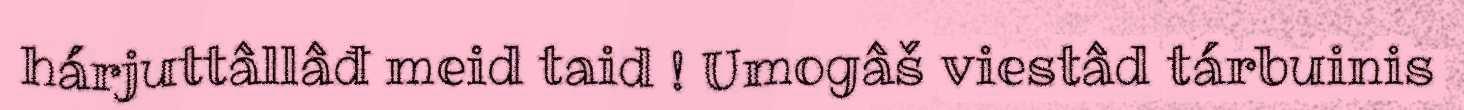
hárjuttâllâđ meid taid ! Umogâš viestâd tárbuinis